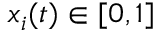
x _ { i } ( t ) \in [ 0 , 1 ]